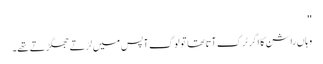
''
وہاں راشن کا اگر ٹرک آتا تھا تو لوگ آپس میں لڑتے جھگڑتے تھے۔